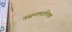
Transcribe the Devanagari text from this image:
वसन्तमालिका